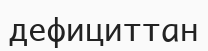
дефициттан